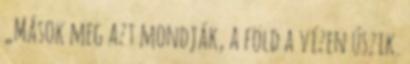
„Mások meg azt mondják, a föld a vízen úszik.